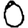
Digit: 0